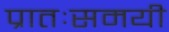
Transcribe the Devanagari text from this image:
प्रातःसमयी